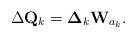
\begin{align*}\Delta\mathbf{Q}_k = \boldsymbol{\Delta}_k\mathbf{W}_{a_k}.\end{align*}